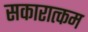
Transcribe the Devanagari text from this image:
सकारात्‍कम